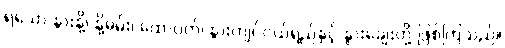
ရသော နွားနို့၊ နို့ဓမ်း၊ ထောပတ်၊ နွားကျင်ငယ်ရည်နှင့် နွားချေးတို့ ဖြစ်ကြသည်။